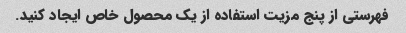
فهرستی از پنج مزیت استفاده از یک محصول خاص ایجاد کنید.